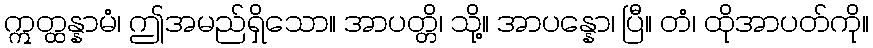
ဣတ္ထန္နာမံ၊ ဤအမည်ရှိသော။ အာပတ္တိ၊ သို့။ အာပန္နော၊ ပြီ။ တံ၊ ထိုအာပတ်ကို။